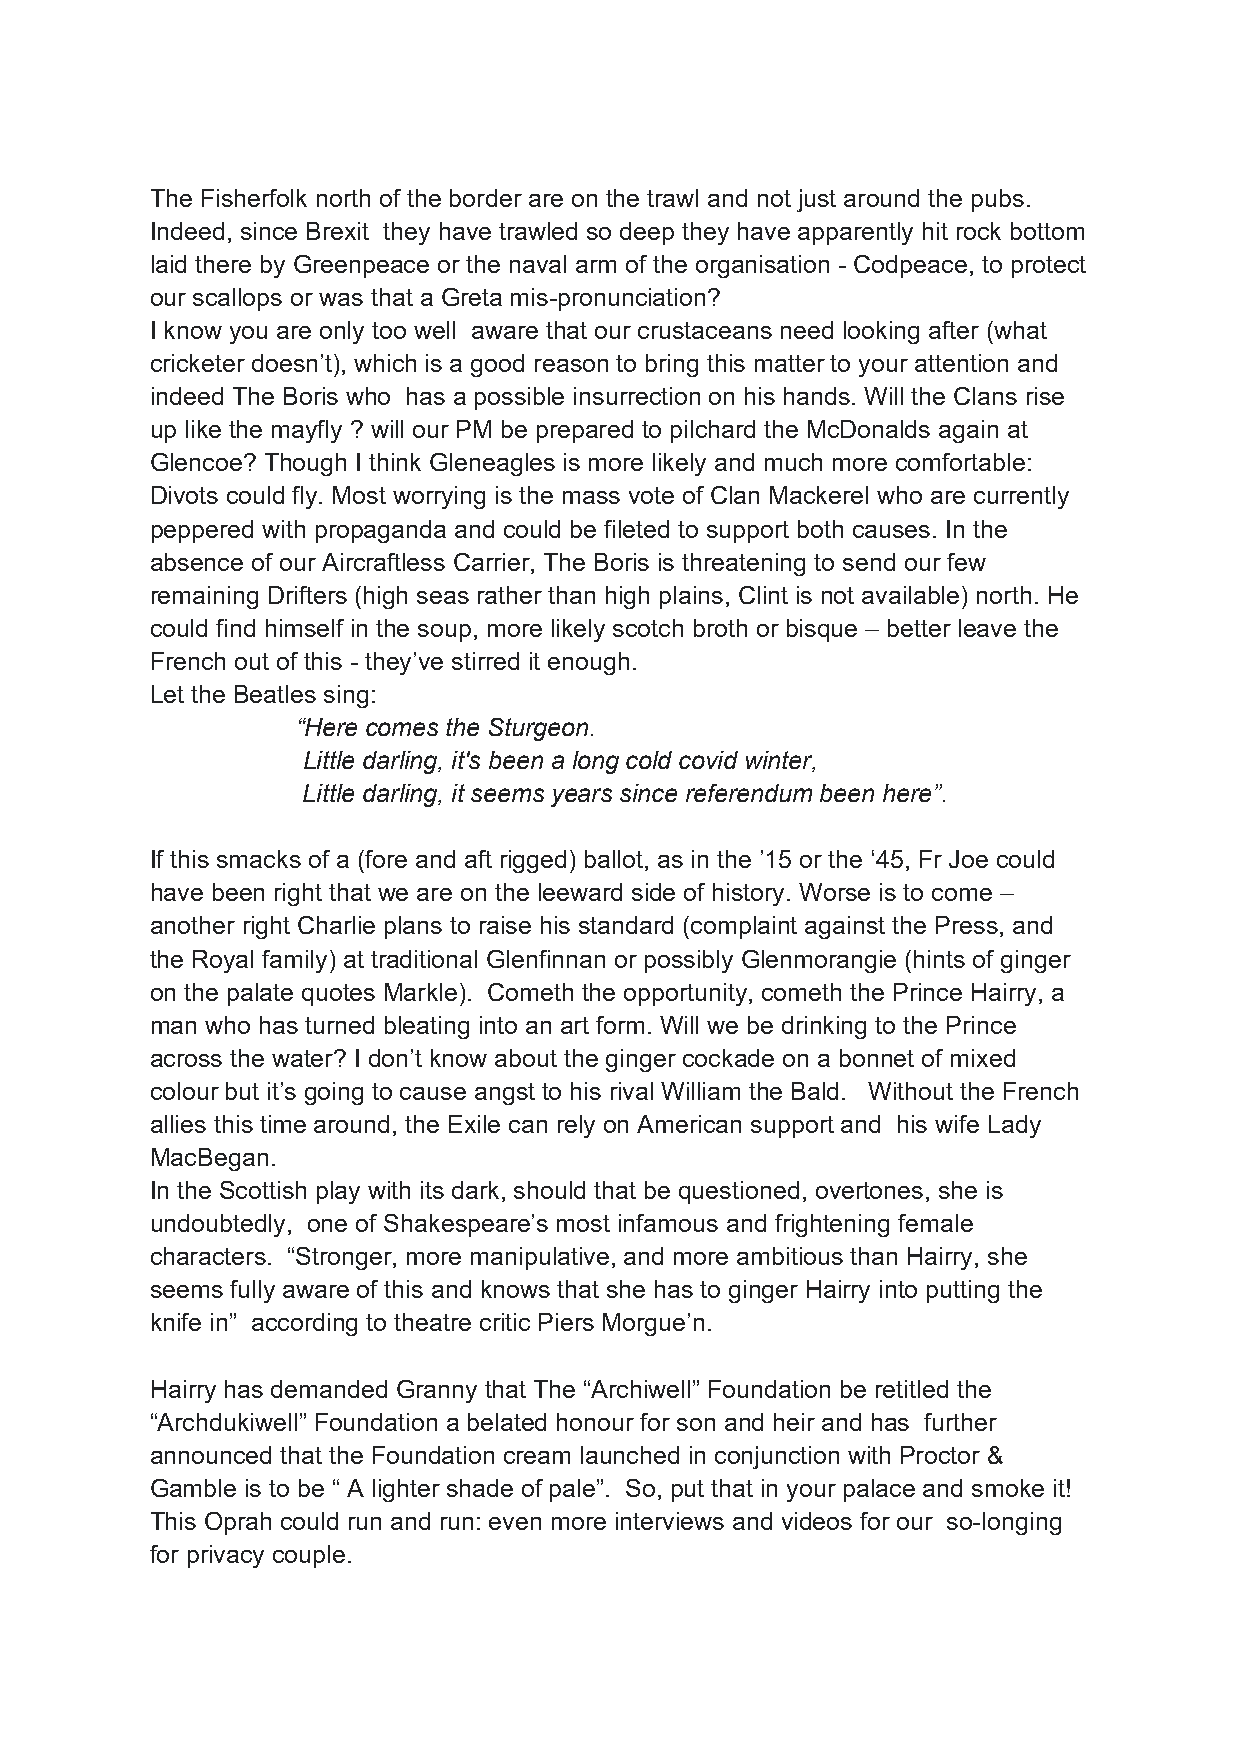
The Fisherfolk north of the border are on the trawl and not just around the pubs.
 Indeed, since Brexit they have trawled so deep they have apparently hit rock bottom
 laid there by Greenpeace or the naval arm of the organisation - Codpeace, to protect
 our scallops or was that a Greta mis-pronunciation?
 I know you are only too well aware that our crustaceans need looking after (what
 cricketer doesn’t), which is a good reason to bring this matter to your attention and
 indeed The Boris who has a possible insurrection on his hands. Will the Clans rise
 up like the mayfly ? will our PM be prepared to pilchard the McDonalds again at
 Glencoe? Though I think Gleneagles is more likely and much more comfortable:
 Divots could fly. Most worrying is the mass vote of Clan Mackerel who are currently
 peppered with propaganda and could be fileted to support both causes. In the
 absence of our Aircraftless Carrier, The Boris is threatening to send our few
 remaining Drifters (high seas rather than high plains, Clint is not available) north. He
 could find himself in the soup, more likely scotch broth or bisque – better leave the
 French out of this - they’ve stirred it enough.
 Let the Beatles sing:
 “Here comes the Sturgeon.
 Little darling, it's been a long cold covid winter,
 Little darling, it seems years since referendum been here”.
 If this smacks of a (fore and aft rigged) ballot, as in the ’15 or the ‘45, Fr Joe could
 have been right that we are on the leeward side of history. Worse is to come –
 another right Charlie plans to raise his standard (complaint against the Press, and
 the Royal family) at traditional Glenfinnan or possibly Glenmorangie (hints of ginger
 on the palate quotes Markle). Cometh the opportunity, cometh the Prince Hairry, a
 man who has turned bleating into an art form. Will we be drinking to the Prince
 across the water? I don’t know about the ginger cockade on a bonnet of mixed
 colour but it’s going to cause angst to his rival William the Bald. Without the French
 allies this time around, the Exile can rely on American support and his wife Lady
 MacBegan.
 In the Scottish play with its dark, should that be questioned, overtones, she is
 undoubtedly, one of Shakespeare’s most infamous and frightening female
 characters. “Stronger, more manipulative, and more ambitious than Hairry, she
 seems fully aware of this and knows that she has to ginger Hairry into putting the
 knife in” according to theatre critic Piers Morgue’n.
 Hairry has demanded Granny that The “Archiwell” Foundation be retitled the
 “Archdukiwell” Foundation a belated honour for son and heir and has further
 announced that the Foundation cream launched in conjunction with Proctor &
 Gamble is to be “ A lighter shade of pale”. So, put that in your palace and smoke it!
 This Oprah could run and run: even more interviews and videos for our so-longing
 for privacy couple.